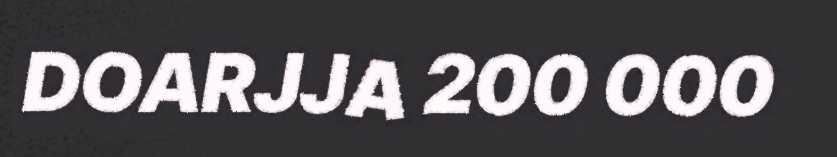
DOARJJA 200 000